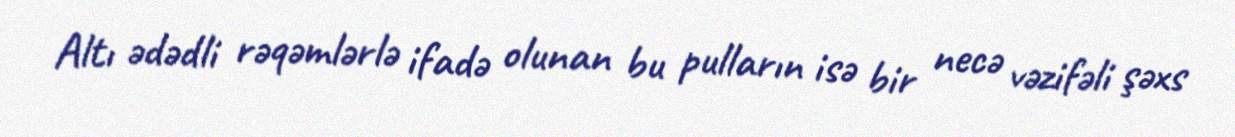
Altı ədədli rəqəmlərlə ifadə olunan bu pulların isə bir necə vəzifəli şəxs